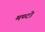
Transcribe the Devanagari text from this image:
मण्टो